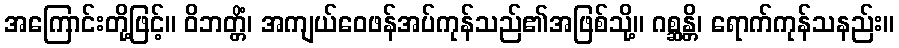
အကြောင်းတို့ဖြင့်။ ဝိဘတ္တိံ၊ အကျယ်ဝေဖန်အပ်ကုန်သည်၏အဖြစ်သို့။ ဂစ္ဆန္တိ၊ ရောက်ကုန်သနည်း။